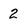
Character: 2